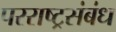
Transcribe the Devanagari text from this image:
परराष्ट्रसंबंध